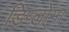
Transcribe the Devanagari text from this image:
डिप्लो्मा